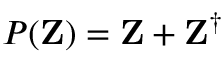
P ( \mathbf { Z } ) = \mathbf { Z } + \mathbf { Z } ^ { \dagger }